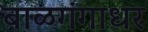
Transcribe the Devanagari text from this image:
बाळगंगाधर